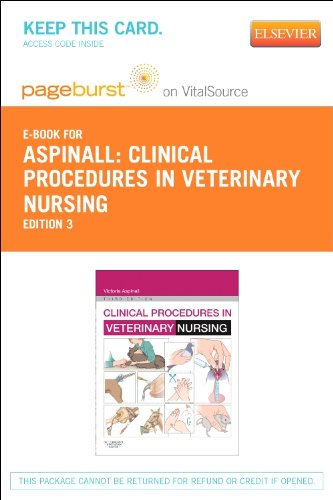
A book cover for Clinical Procedures in Veterinary Nursing - Pageburst E-Book on VitalSource (Retail Access Card), 3e; Victoria Aspinall BVSc  MRCVS; Medical Books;